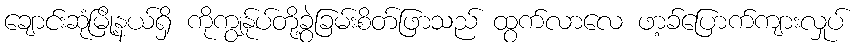
ချောင်းဆုံမြို့နယ်ရှိ ကိုကျွန်ုပ်တို့ခွဲခြမ်းစိတ်ဖြာသည် ထွက်လာလေ ဖာ့ခ်ပြောက်ကျားလှုပ်